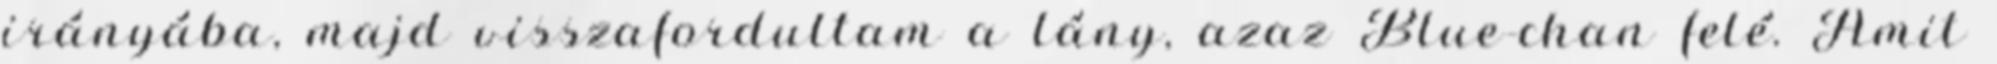
irányába, majd visszafordultam a lány, azaz Blue-chan felé. Amit